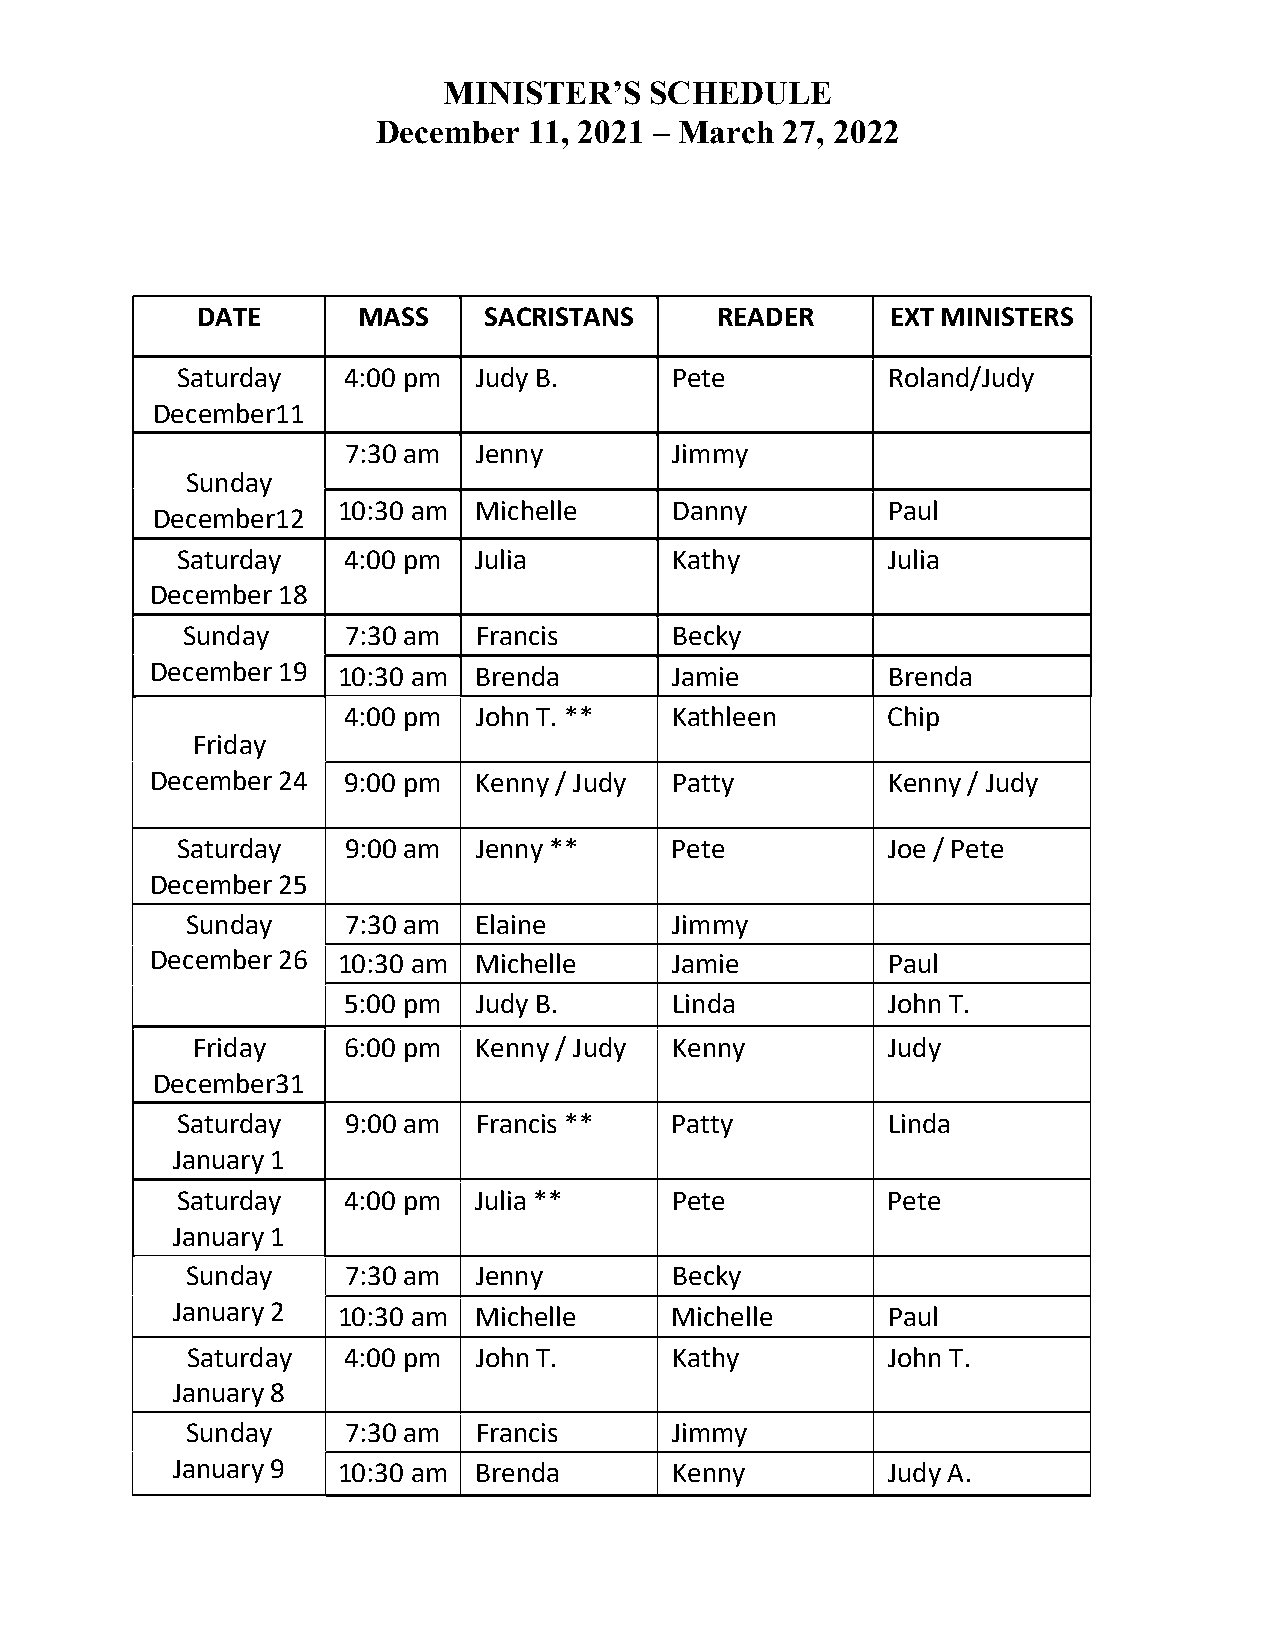
MINISTER’S    SCHEDULE
 December  11, 2021 – March 27, 2022
 DATE       MASS    SACRISTANS     READER      EXT MINISTERS
 Saturday   4:00 pm Judy B.       Pete          Roland/Judy
 December11
 7:30 am Jenny         Jimmy
 Sunday
 December12
 10:30 am Michelle      Danny         Paul
 Saturday   4:00 pm Julia         Kathy         Julia
 December 18
 Sunday     7:30 am Francis       Becky
 December 19 10:30 am Brenda        Jamie         Brenda
 4:00 pm John T. **    Kathleen      Chip
 Friday
 December 24  9:00 pm Kenny / Judy  Patty         Kenny / Judy
 Saturday   9:00 am Jenny **      Pete          Joe / Pete
 December 25
 Sunday     7:30 am Elaine        Jimmy
 December 26 10:30 am Michelle      Jamie         Paul
 5:00 pm Judy B.       Linda         John T.
 Friday    6:00 pm Kenny / Judy  Kenny         Judy
 December31
 Saturday   9:00 am Francis **    Patty         Linda
 January 1
 Saturday   4:00 pm Julia **      Pete          Pete
 January 1
 Sunday     7:30 am Jenny         Becky
 January 2  10:30 am Michelle      Michelle      Paul
 Saturday   4:00 pm John T.       Kathy         John T.
 January 8
 Sunday     7:30 am Francis       Jimmy
 January 9  10:30 am Brenda        Kenny         Judy A.